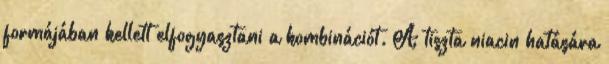
formájában kellett elfogyasztani a kombinációt. A tiszta niacin hatására